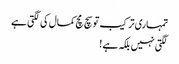
تمہاری ترکیب تو سچ مچ کمال کی لگتی ہے
لگتی نہیں بلکہ ہے !